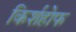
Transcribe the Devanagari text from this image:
किर्शहोफ